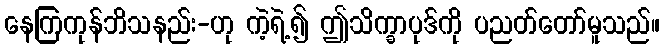
နေကြကုန်ဘိသနည်း-ဟု ကဲ့ရဲ့၍ ဤသိက္ခာပုဒ်ကို ပညတ်တော်မူသည်။